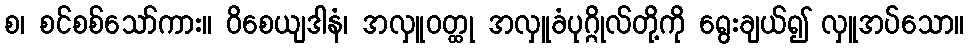
စ၊ စင်စစ်သော်ကား။ ဝိစေယျဒါနံ၊ အလှူဝတ္ထု အလှူခံပုဂ္ဂိုလ်တို့ကို ရွေးချယ်၍ လှူအပ်သော။